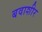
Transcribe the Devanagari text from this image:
बवाशीर